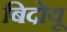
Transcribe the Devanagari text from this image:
बिदोयू